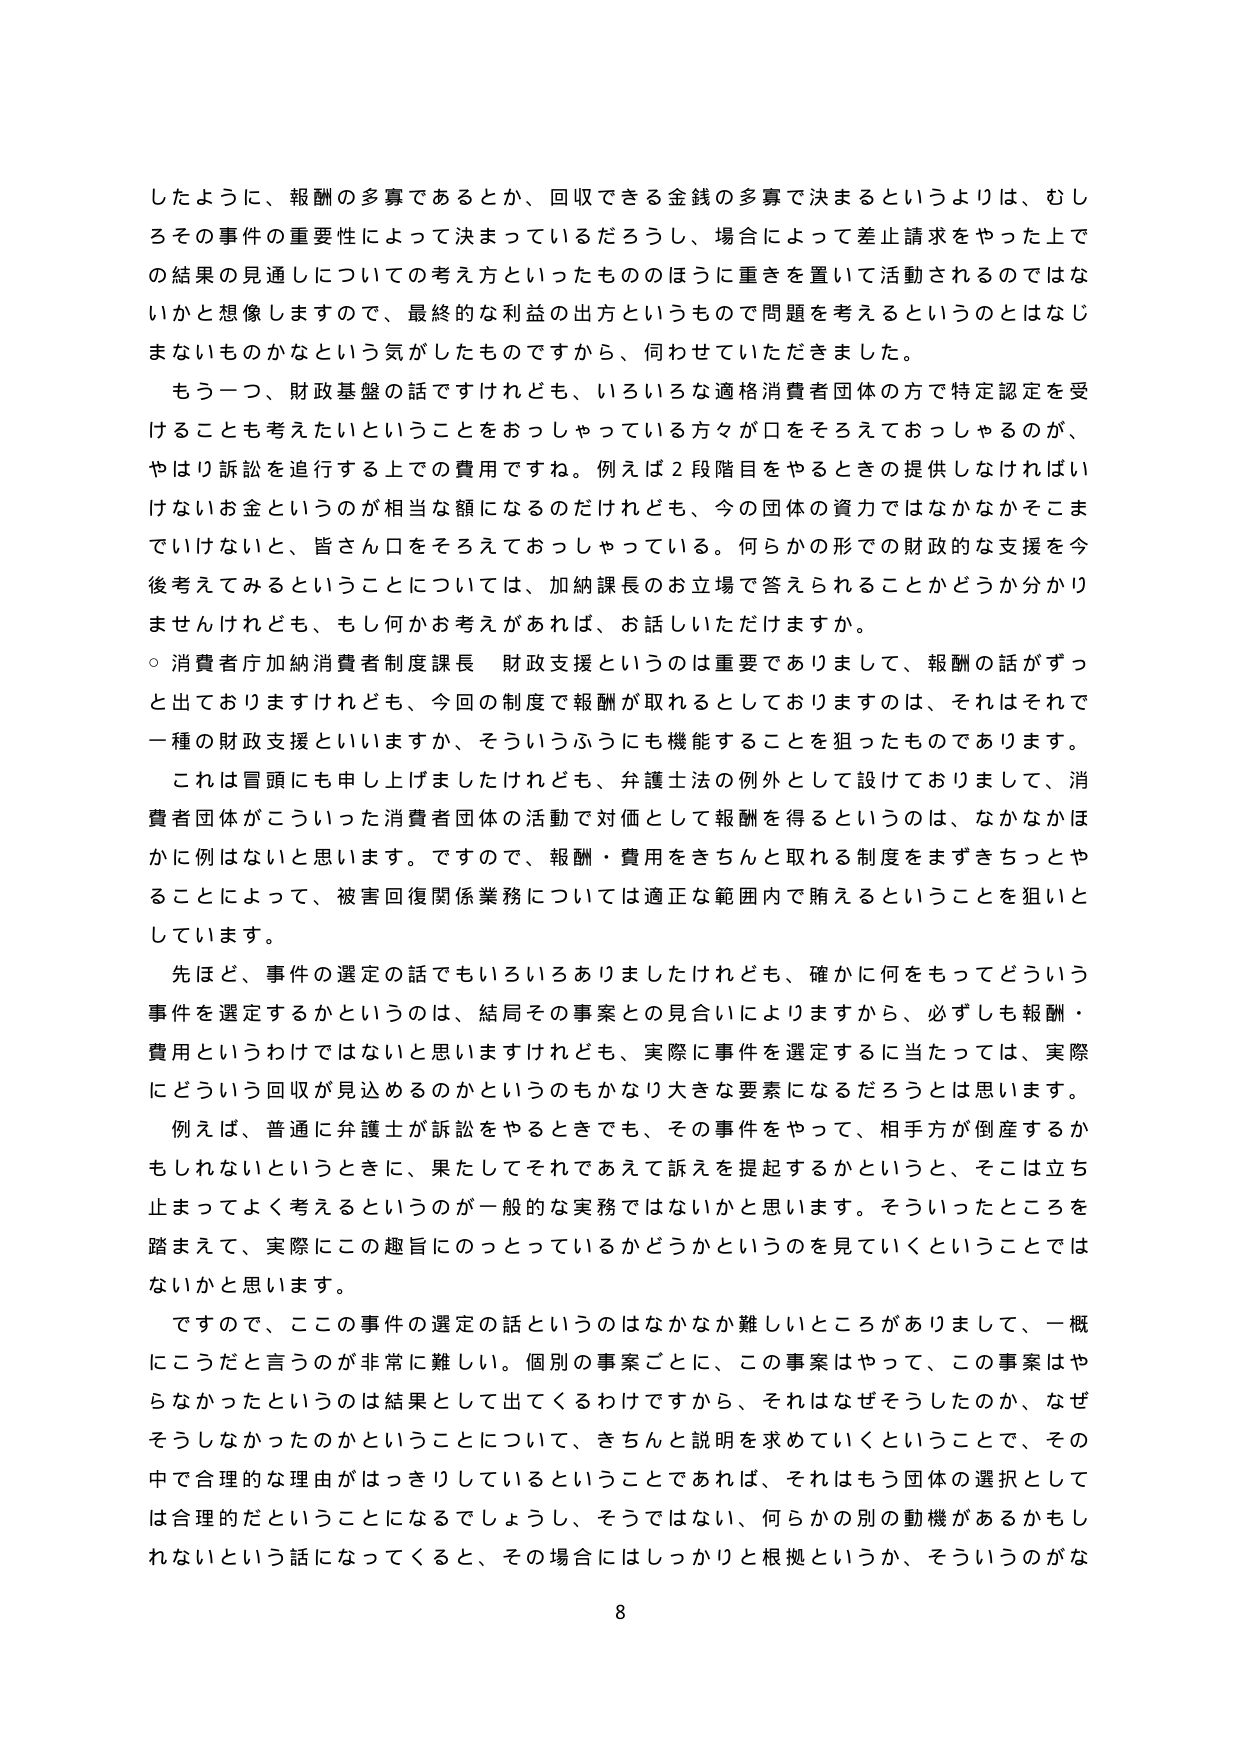
したように、報酬の多寡であるとか、回収できる金銭の多寡で決まるというよりは、むしろその事件の重要性によって決まっているだろうし、場合によって差止請求をやった上での結果の見通しについての考え方といったもののが重きを置いて活動されるのではないかと想像しますので、最終的な利益の出方というもので問題を考えるというのはなじまないものかなという気でしたものですから、伺わせていただきました。

もう一つ、財政基盤の話ですけれども、いろいろな適格消費者団体の方で特定認定を受けることも考えたいということをおっしゃっている方々が口をそろえておっしゃるのが、やはり訴訟を進行する上での費用ですね。例えば２段階目をやるときの提供しなければいけないお金というのが相当な額になるのだけれども、今の団体の資力ではなかなかそこまでいけないと、皆さん口をそろえておっしゃっている。何らかの形での財政的な支援を今後考えてみるということについては、加納課長のお立場で答えられることかどうか分かりませんけれども、もし何かお考えがあれば、お話しいただけますか。

○ 消費者庁加納消費者制度課長 財政支援というのは重要でありまして、報酬の話がずっと出ておりますけれども、今回の制度で報酬が取れるとしておりますのは、それはそれで一種の財政支援といいますか、そういうふうにも機能することを狙ったものであります。

これは冒頭にも申し上げましたけれども、弁護士法の例外として設けておりまして、消費者団体がこういった消費者団体の活動で対価として報酬を得るというのは、なかなかほかに例はないと思います。ですので、報酬・費用をきちんと取れる制度をまずきちっとやることによって、被害回復関係業務については適正な範囲内で賄えるということを狙いとしています。

先ほど、事件の選定の話でもいろいろありましたけれども、確かに何をもってどういう事件を選定するかというのは、結局その事案との見合いによりますから、必ずしも報酬・費用というわけではないと思いますけれども、実際に事件を選定するに当たっては、実際にどういう回収が見込めるのかというのもかなり大きな要素になるだろうとは思います。

例えば、普通に弁護士が訴訟をやるときでも、その事件をやって、相手方が倒産するかもしれないというときに、果たしてそれであえて訴えを提起するかというと、そこは立ち止まってよく考えるというのが一般的な実務ではないかと思います。そういったところを踏まえて、実際にこの趣旨にのっとっているかどうかというのを見ていくということではないかと思います。

ですので、この事件の選定の話というのはなかなか難しいところがありまして、一概にこうだと言うのが非常に難しい。個別の事案ごとに、この事案はやって、この事案はやらなかったというのは結果として出てくるわけですから、それはなぜそうしたのか、なぜそうしなかったのかということについて、きちんと説明を求めていくということで、その中で合理的な理由がはっきりしているということであれば、それはもう団体の選択としては合理的だということになるでしょうし、そうではない、何らかの別の動機があるかもしれないという話になってくると、その場合にはしっかりと根拠というか、そういうのがな

8